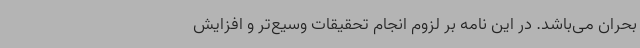
بحران می‌باشد. در این نامه بر لزوم انجام تحقیقات وسیع‌تر و افزایش